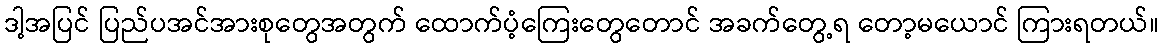
ဒါ့အပြင် ပြည်ပအင်အားစုတွေအတွက် ထောက်ပံ့ကြေးတွေတောင် အခက်တွေ့ရ တော့မယောင် ကြားရတယ်။